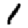
Digit: 1